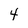
Character: 4